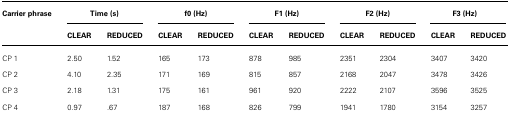
<table><thead><tr><td><b>Carrier phrase</b></td><td colspan="2"><b>Time (s)</b></td><td colspan="2"><b>f0 (Hz)</b></td><td colspan="2"><b>F1 (Hz)</b></td><td colspan="2"><b>F2 (Hz)</b></td><td colspan="2"><b>F3 (Hz)</b></td></tr><tr><td></td><td><b>CLEAR</b></td><td><b>REDUCED</b></td><td><b>CLEAR</b></td><td><b>REDUCED</b></td><td><b>CLEAR</b></td><td><b>REDUCED</b></td><td><b>CLEAR</b></td><td><b>REDUCED</b></td><td><b>CLEAR</b></td><td><b>REDUCED</b></td></tr></thead><tbody><tr><td>CP 1</td><td>2.50</td><td>1.52</td><td>165</td><td>173</td><td>878</td><td>985</td><td>2351</td><td>2304</td><td>3407</td><td>3420</td></tr><tr><td>CP 2</td><td>4.10</td><td>2.35</td><td>171</td><td>169</td><td>815</td><td>857</td><td>2168</td><td>2047</td><td>3478</td><td>3426</td></tr><tr><td>CP 3</td><td>2.18</td><td>1.31</td><td>175</td><td>161</td><td>961</td><td>920</td><td>2222</td><td>2107</td><td>3596</td><td>3525</td></tr><tr><td>CP 4</td><td>0.97</td><td>.67</td><td>187</td><td>168</td><td>826</td><td>799</td><td>1941</td><td>1780</td><td>3154</td><td>3257</td></tr></tbody></table>